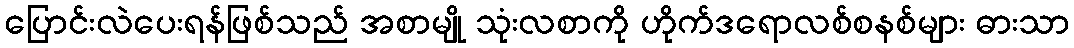
ပြောင်းလဲပေးရန်ဖြစ်သည် အစာမျို သုံးလစာကို ဟိုက်ဒရောလစ်စနစ်များ ဓားသာ